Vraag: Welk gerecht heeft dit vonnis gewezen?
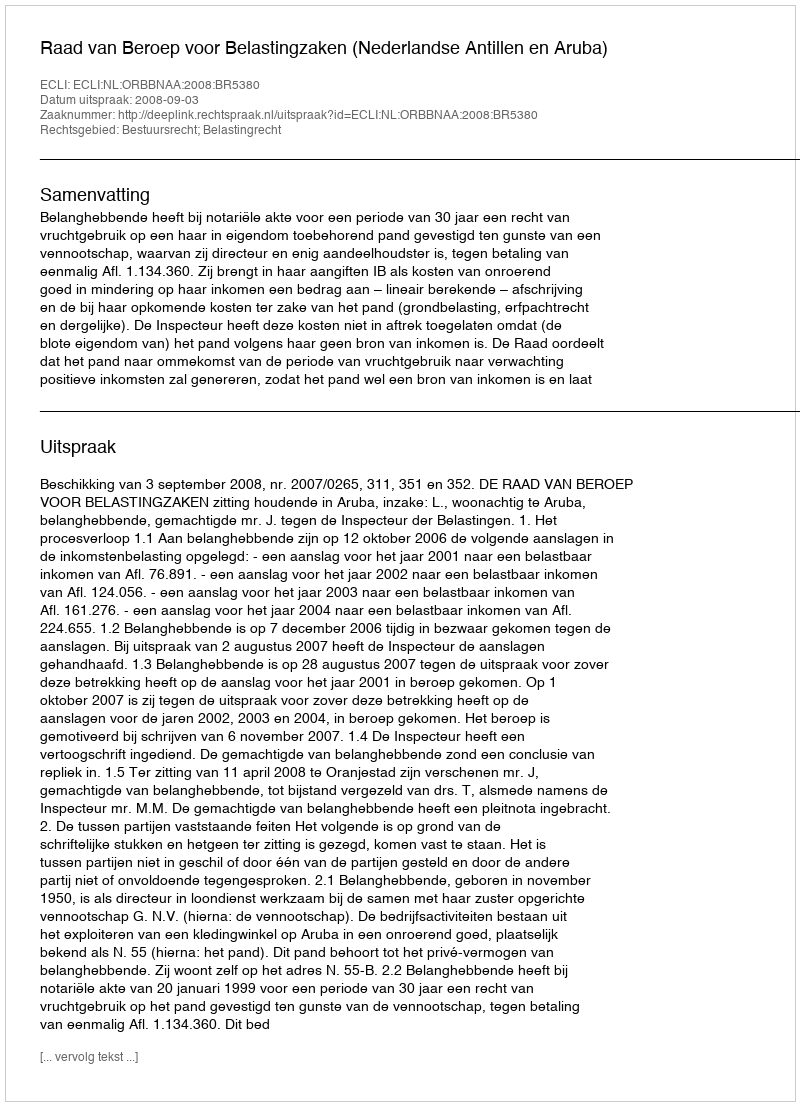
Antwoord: Raad van Beroep voor Belastingzaken (Nederlandse Antillen en Aruba)